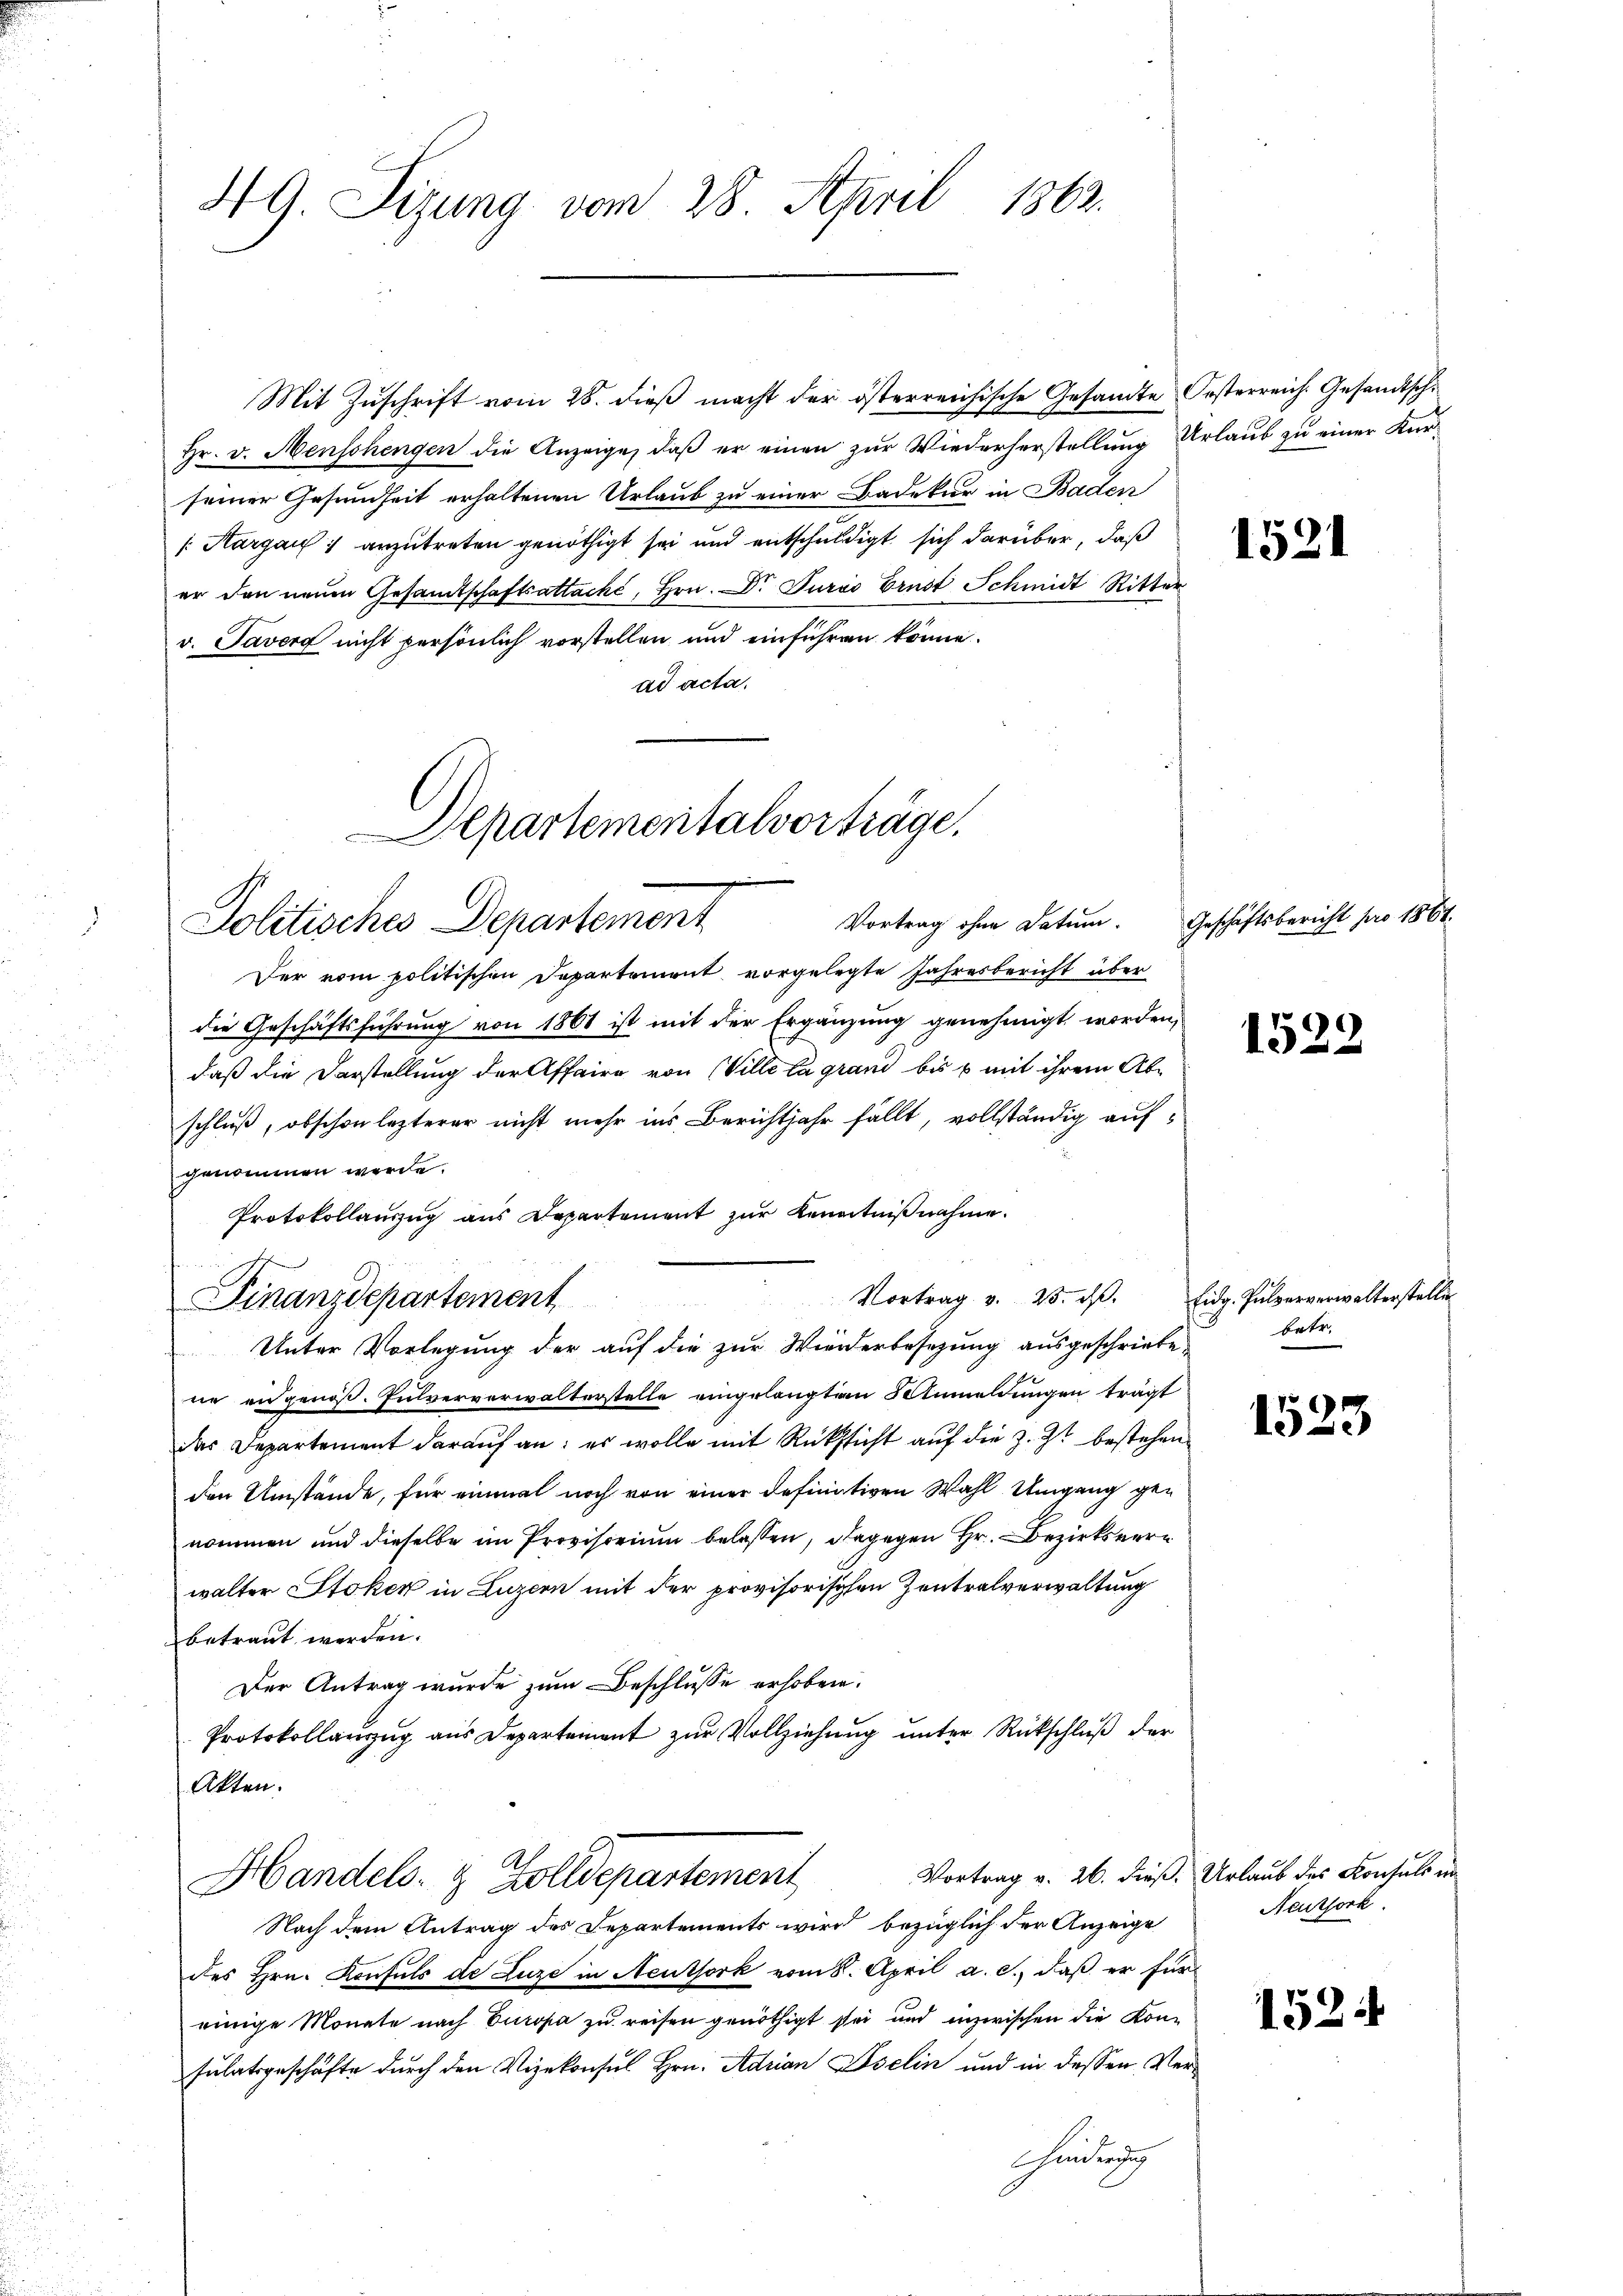
49. Sizung vom 28. April 1862.

Hr. v. Menschengen die Anzeige, daß er einen zur Wiederherstellung Urlaub zu einer Kurseiner Gesundheit erhaltenen Urlaub zu einer Badekur in Baden
[Margau 1 anzutreten genöthigt sei und entschuldigt sich darüber, daß
er den neuen Gesamtschaftsattaché, Hrn. Dr Juris Brust Schmidt Ritter
v. Taver nicht persönlich vorstellen und einführen könne.
ad acta,

Departementalvorträge.
Vortrag ohne Datum. Geschäftsbericht pro 1864.
Politisches Departement

u
Finanzdepartement

Der vom politischen Departement vorgelegte Jahresbericht über
die Geschäftsführung von 1861 ist mit der Ergänzung genehmigt worden,
daß die Darstellung der Affaire von Ville la grand bis 6 mit ihrem Abschluß, obschon lezterer nicht mehr ins Berichtjahr fällt, vollständig aufgenommen werde.
Protokollauszug aus Departement zŭr Kenntniβnahme.
Unter Vorlegung der auf die zur Wiederbesezung ausgeschriebene eidgenöß. Pulververwalterstelle eingelangten Anmeldungen trägt
das Departement darauf an: es wolle mit Rücksicht auf die z. Zt. bestehen.
den Umstände, für einmal noch von einer definitiven Wahl Umgang genommen und dieselbe im Provisorium belassen, dagegen Hr. Bezirksverwalter Stoker in Luzern mit der provisorischen Zentralverwaltung
betraut werden.
Der Antrag wurde zum Beschlusse erhoben.
Protokollanzug aus Departement zur Vollziehung unter Rückschluß der
Akten.
Vortrag v. 26. dieß. Urlaub des Konsuls in
Handels- & Zolldepartement
Nach dem Antrag des Departements wird bezüglich der Anzeige
des Hrn. Konsuls de Luze in Neuthork vom 8. April a. c., daß er für
einige Monate nach Europa zu reisen genöthigt sei und inzwischen die Konsulatsgeschäfte durch den Vizekonsul Hrn. Adrian Iselin und in dessen Verhindung

Mit Zŭschrift vom 28. dieβ macht der österreichische Gesandte Oesterreich. Gesandtschi

1521

1522

Vortrag v. 23. dβ. Eidg. Pulververwalterstelle
betr.

1523

1524

Neuthork